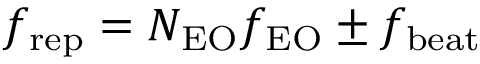
f _ { \mathrm { r e p } } = N _ { \mathrm { E O } } f _ { \mathrm { E O } } \pm f _ { \mathrm { b e a t } }